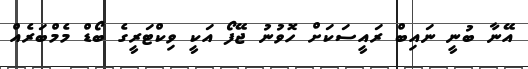
އޭނާ ބުނީ ނައިބް ރައީސަކަށް ހޮވުނު ޖޭފޯ އަކީ ވިކްޓަރީގެ ބޯޑް މެމްބަރެއް